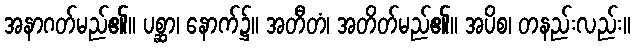
အနာဂတ်မည်၏။ ပစ္ဆာ၊ နောက်၌။ အတီတံ၊ အတိတ်မည်၏။ အပိစ၊ တနည်းလည်း။